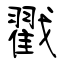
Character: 戮